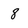
Character: 8